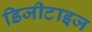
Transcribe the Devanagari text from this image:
डिजीटाइज